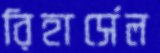
রিহার্সেল